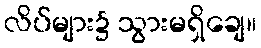
လိပ်များ၌ သွားမရှိချေ။